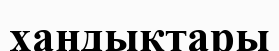
хандыктары